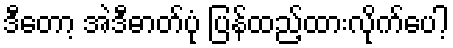
ဒီတော့ အဲဒီဓာတ်ပုံ ပြန်ထည့်ထားလိုက်ပေါ့